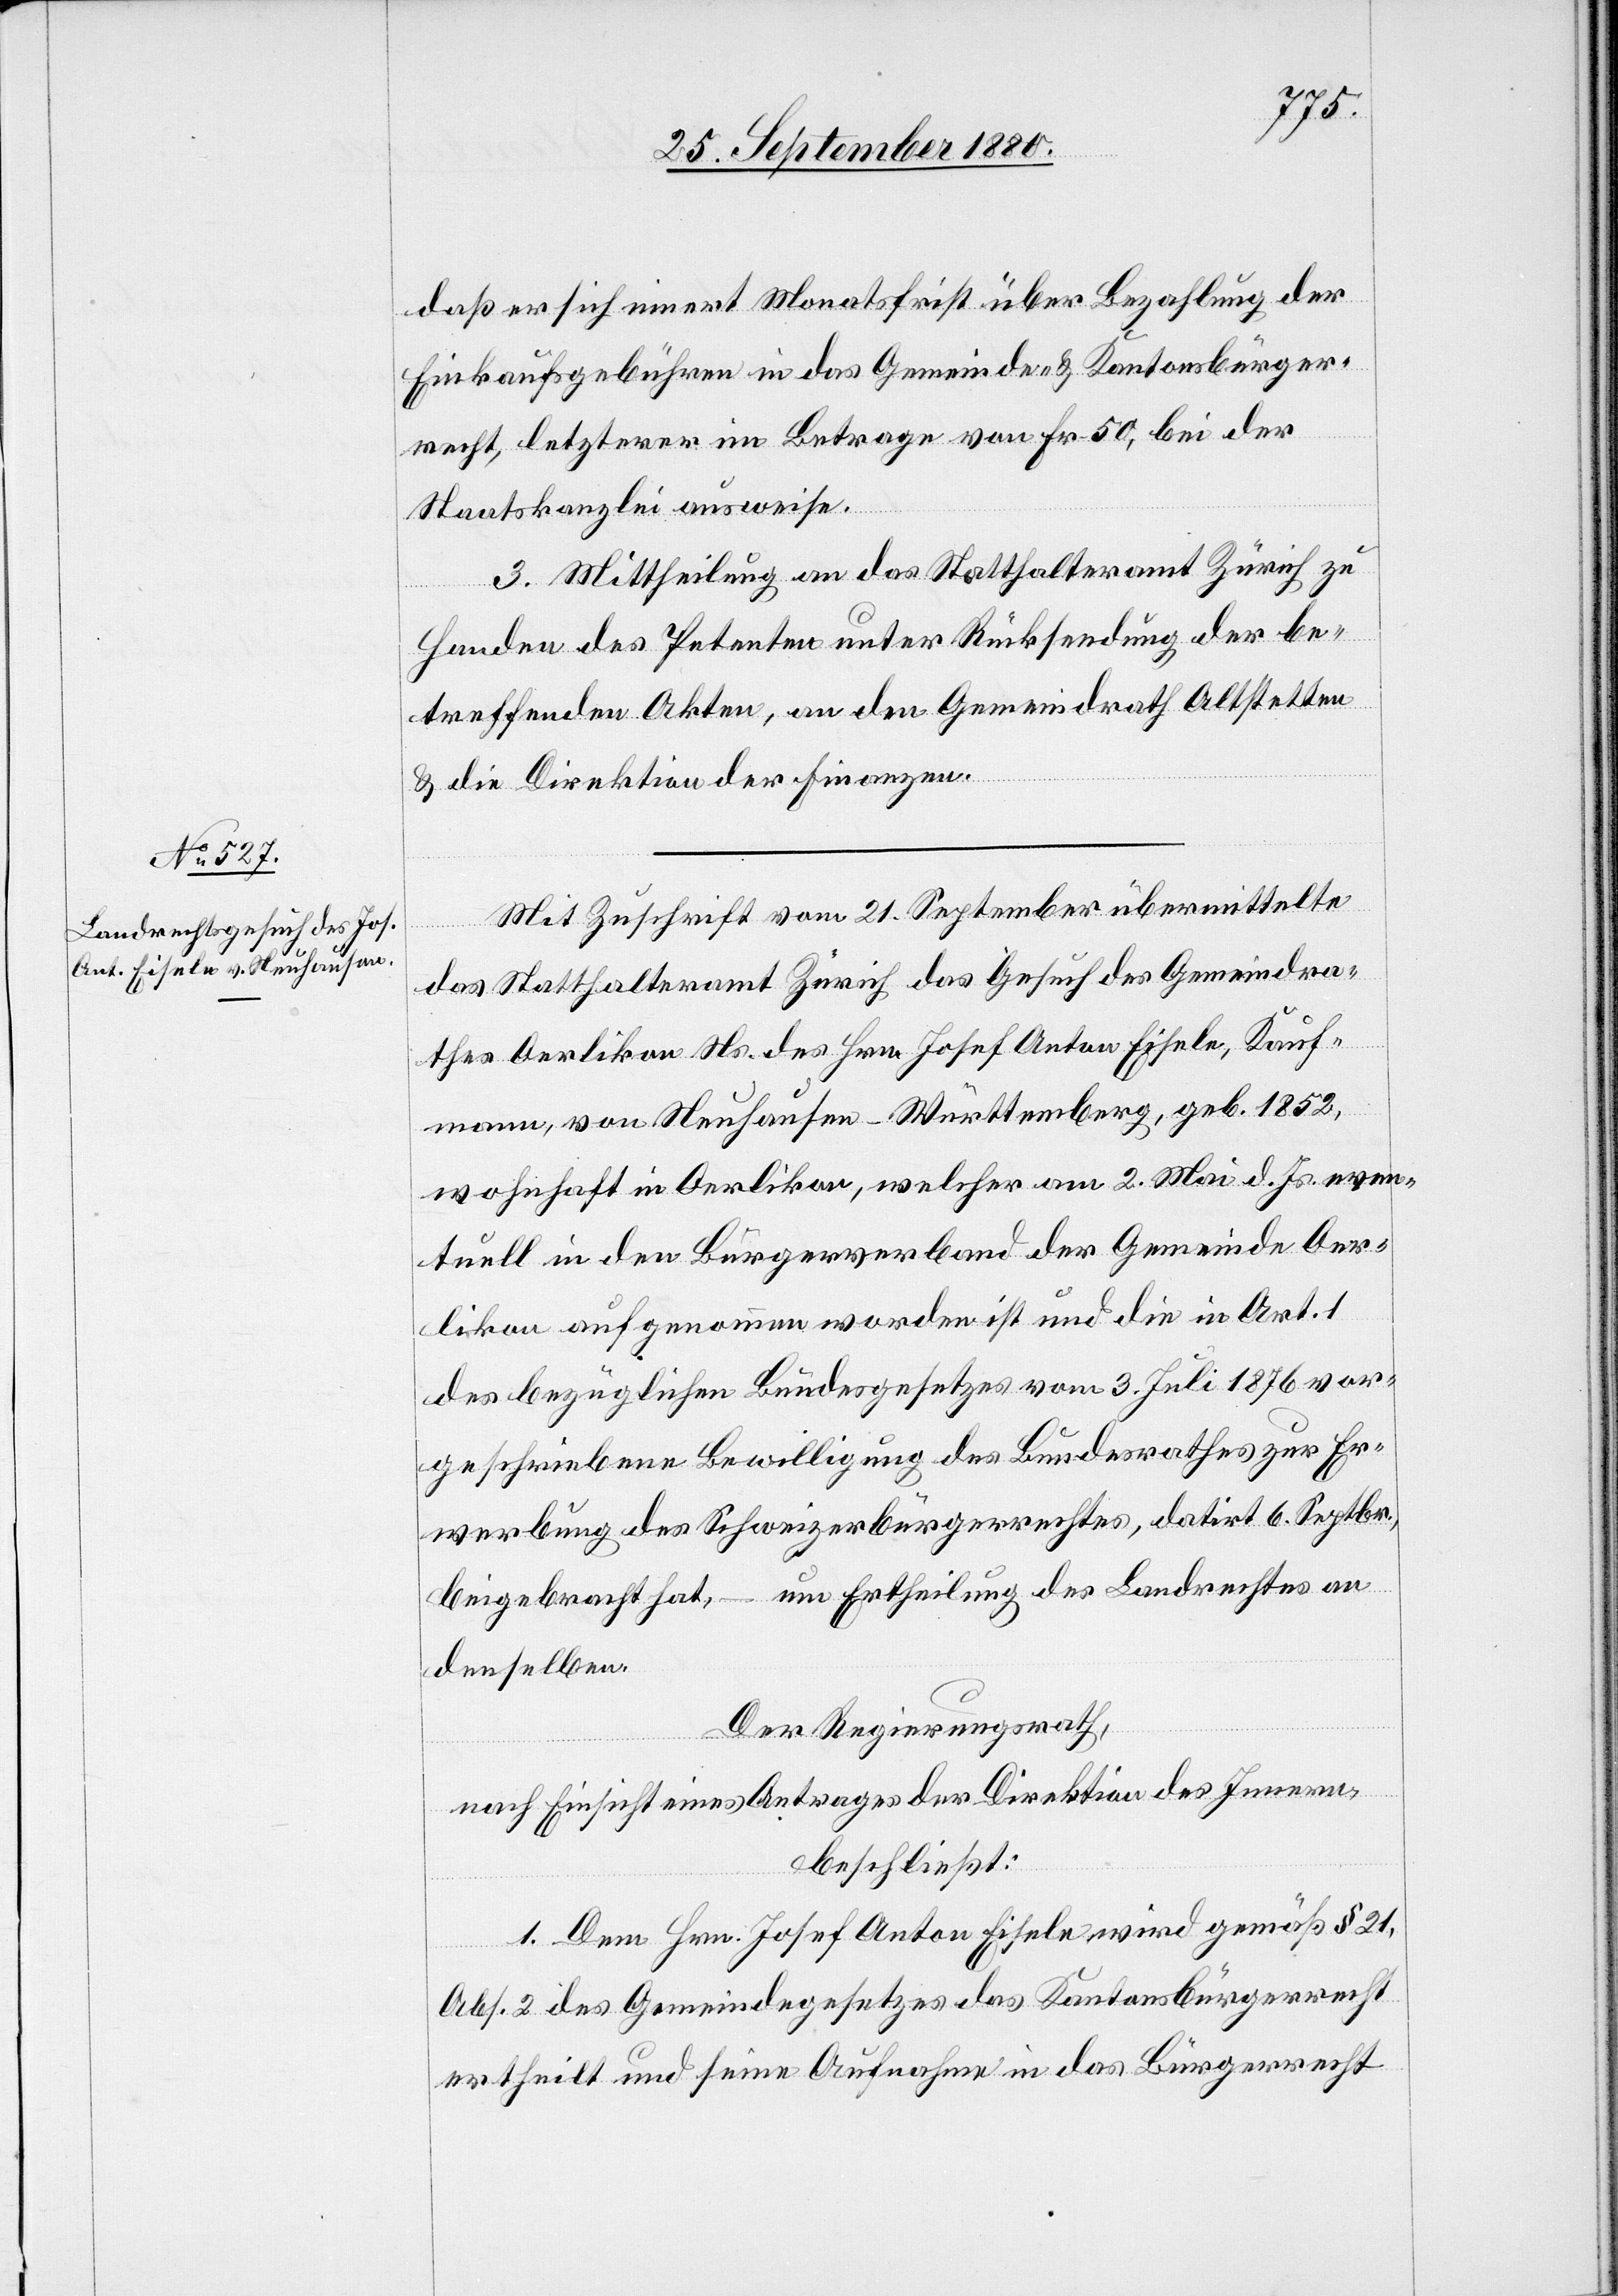
daß er sich innert Monatsfrist über Bezahlung der
Einkaufsgebühren in das Gemeinde- & Kantonsbürger¬
3.
recht, letzterer im Betrage von Fr. 50, bei der
Staatskanzlei ausweise.
Mittheilung an das Statthalteramt Zürich zu
Handen des Petenten unter Rücksendung der be¬
treffenden Akten, an den Gemeindrath Altstetten
& die Direktion der Finanzen.
Mit Zuschrift vom 21. September übermittelte
das Statthalteramt Zürich das Gesuch des Gemeindra¬
thes Oerlikon Ns. des Hrn. Josef Anton Eisele, Kauf¬
mann, von Neuhausen - Württemberg, geb. 1852,
wohnhaft in Oerlikon, welcher am 2. Mai d. Js. even¬
tuell in den Bürgerverband der Gemeinde Oer¬
likon aufgenommen worden ist und die in Art. 1
des bezüglichen Bundesgesetzes vom 3. Juli 1876 vor¬
geschriebene Bewilligung des Bundesrathes zur Er¬
werbung des Schweizerbürgerrechtes, datirt 6. Septbr.,
beigebracht hat, – um Ertheilung des Landrechtes an
denselben.
Der Regierungsrath,
nach Einsicht eines Antrages der Direktion des Innern,
beschließt:
1. Dem Hrn. Josef Anton Eisele wird gemäß § 21,
Abs. 2 des Gemeindegesetzes das Kantonsbürgerrecht
ertheilt und seine Aufnahme in das Bürgerrecht